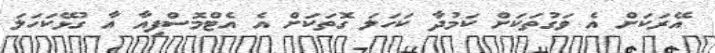
އޭރަކަށް އެ ވަގުތަކަށް ކަމުދާ ކަހަލަ ގޮތަކަށް އެ އެޓްމޮސްފިއާ އާ ގުޅޭކަހަލަ